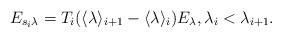
LaTeX: \begin{align*}E_{s_i\lambda}= T_i(\langle \lambda\rangle_{i+1} -\langle \lambda\rangle_{i} ) E_\lambda,\lambda_i < \lambda_{i+1}.\end{align*}